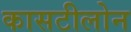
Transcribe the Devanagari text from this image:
कासटीलोन